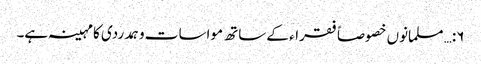
۶:… مسلمانوں خصوصاً فقراء کے ساتھ مواسات وہمدردی کا مہینہ ہے۔